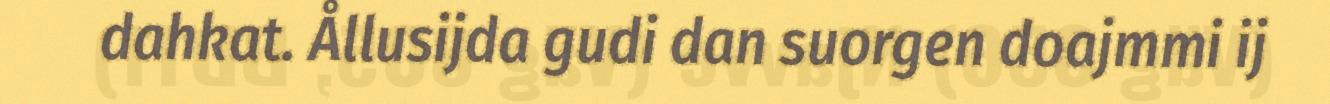
dahkat. Ållusijda gudi dan suorgen doajmmi ij